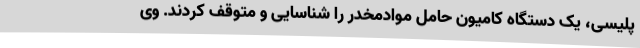
پلیسی، یک دستگاه کامیون حامل موادمخدر را شناسایی و متوقف کردند. وی